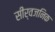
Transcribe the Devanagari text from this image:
सीर्वजनिक